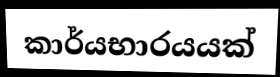
කාර්යභාරයයක්